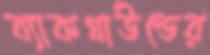
ব্যাকগ্রাউন্ডের